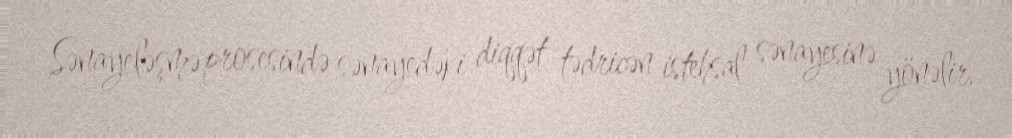
Sənayeləşmə prosesində sənayedəki diqqət tədricən istehsal sənayesinə yönəlir,